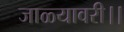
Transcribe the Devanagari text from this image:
जाळ्यावरी।।